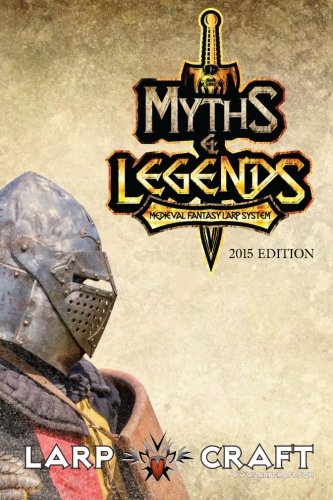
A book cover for Myths & Legends Medieval Fantasy Larp System 2015 Edition: Medieval Fantasy Live Action Role-play System of LarpCraft; Mr. Ryan R Harden; Literature & Fiction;